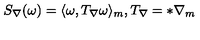
S _ { \nabla } ( \omega ) = \langle \omega , T _ { \nabla } \omega \rangle _ { m } , T _ { \nabla } = * \nabla _ { m }